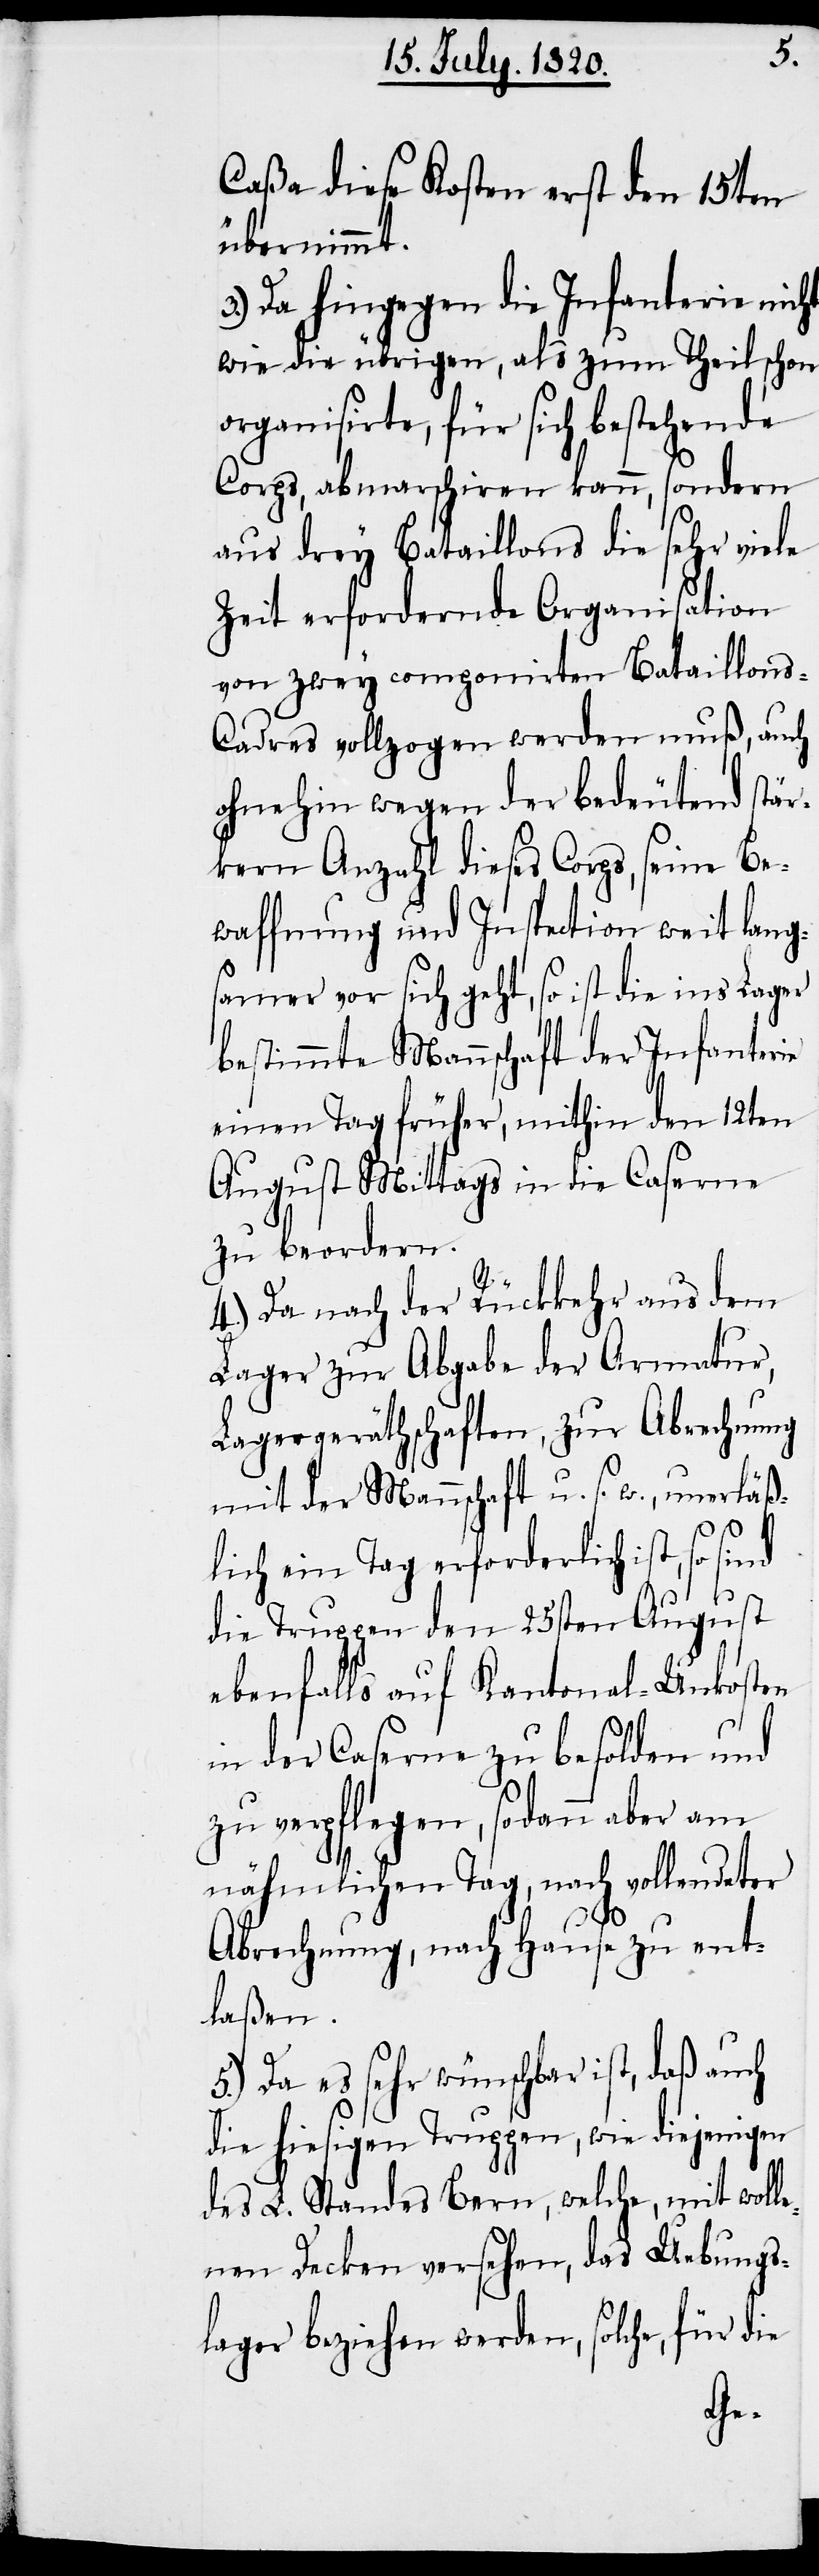
Caßa diese Kosten erst den 15ten
übernimmt.
3.) Da hingegen die Infanterie nicht
wie die übrigen, als zum Theil schon
organisierte, für sich bestehende
Corps, abmarschiren kann, sondern
aus drey Bataillons die sehr viel
Zeit erfordernde Organisation
von zwey componirten Bataillons-C¬
adres vollzogen werden muß, auch
ohnehin wegen der bedeutend stär¬
kern Anzahl dieses Corps, seine Be¬
waffnung und Inspection weit lang¬
samer vor sich geht, so ist die ins Lager
bestimmte Mannschaft der Infanterie
einen Tag früher, mithin dem 12ten
August Mittags in die Caserne
zu beordern.
4.) Da nach der Rückkehr aus dem
Lager zur Abgabe der Armatur,
Lagergeräthschaften, zur Abrechnung
mit der Mannschaft u. s. w., unerläß¬
lich ein Tag erforderlich ist, so
die Truppen den 25sten August
ebenfalls auf Kantonal-Unkosten
in der Caserne zu besolden und
zu verpflegen, sodann aber am
nähmlichen Tag, nach vollendeter
Abrechnung, nach Hause zu ent¬
laßen.
5.) Da es sehr wünschbar ist, daß auch
die hiesigen Truppen, wie diejenigen
des L. Standes Bern, welche, mit woll¬
enen Decken versehen, das Uebungs¬
lager beziehen werden, solche, für die